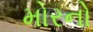
મોરનો